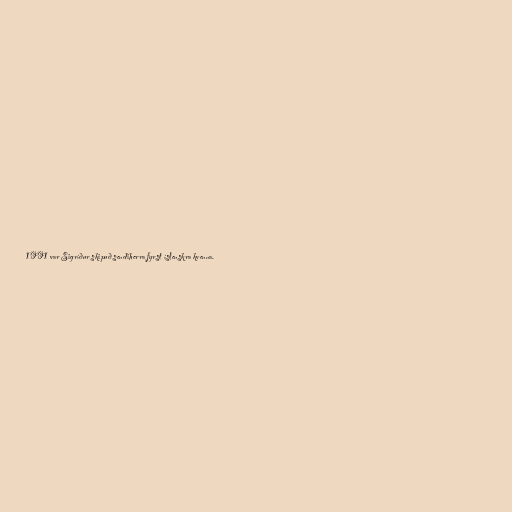
1991 var Sigríður skipuð sendiherra fyrst íslenskra kvenna.